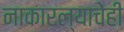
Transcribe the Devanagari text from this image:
नाकारल्याचेही